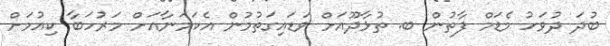
ބުދަ ދުވަހު މެޑަމް ފާތުން ބ. ތުޅާދޫއަށް ވަޑައިގަތުމުން އެކަމަނާއަށް މަރުހަބާ ކިއުމަށް